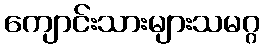
ကျောင်းသားများသမဂ္ဂ